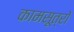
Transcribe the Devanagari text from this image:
कामसूत्रों